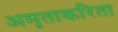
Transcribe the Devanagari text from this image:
अमृताकरिता